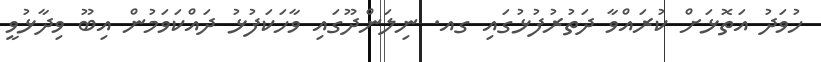
ހުވަދު އަތޮޅަށް ކުރައްވާ ދަތުރުފުޅުގައި ގއ. ނިލަންދޫގައި ވާހަކަފުޅު ދައްކަވަމުން އިބޫ ވިދާޅުވީ